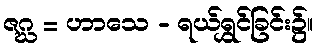
ဇဂ္ဃ = ဟာသေ - ရယ်ရွှင်ခြင်း၌။